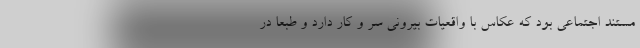
مستند اجتماعی بود که عکاس با واقعیات بیرونی سر و کار دارد و طبعا در